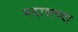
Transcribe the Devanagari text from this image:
मदासच्या